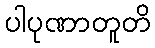
ပါပုဏာတူတိ